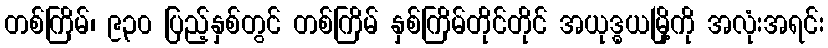
တစ်ကြိမ်၊ ၉၃၀ ပြည့်နှစ်တွင် တစ်ကြိမ် နှစ်ကြိမ်တိုင်တိုင် အယုဒ္ဓယမြို့ကို အလုံးအရင်း